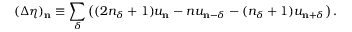
( \Delta \eta ) _ { \mathbf { n } } \equiv \sum _ { \delta } \left( ( 2 n _ { \delta } + 1 ) u _ { \mathbf { n } } - n u _ { \mathbf { n } - \delta } - ( n _ { \delta } + 1 ) u _ { \mathbf { n } + \delta } \right) .